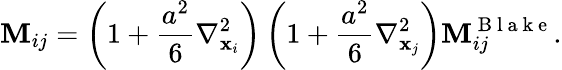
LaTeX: \mathbf{M}_{ij}=\left(1+\frac{a^{2}}{6}\nabla_{\mathbf{x}_{i}}^{2}\right)\left(1+\frac{a^{2}}{6}\nabla_{\mathbf{x}_{j}}^{2}\right)\mathbf{M}_{ij}^{\mathrm{~B~l~a~k~e~}}.